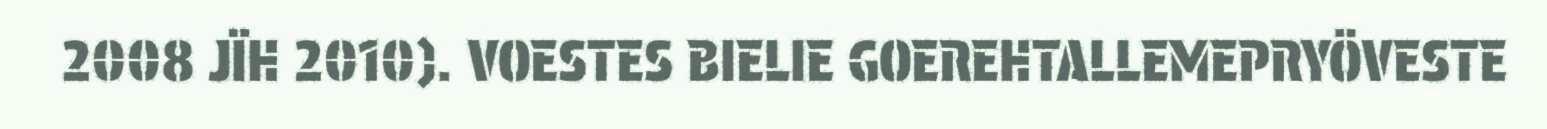
2008 JÏH 2010). VOESTES BIELIE GOEREHTALLEMEPRYÖVESTE